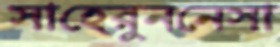
সাহেরুননেসা